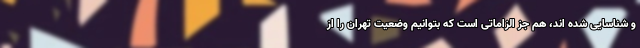
و شناسایی شده اند، هم جز الزاماتی است که بتوانیم وضعیت تهران را از